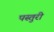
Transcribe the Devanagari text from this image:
पस्तुरी